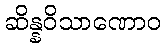
ဆိန္နဝိသာဏောဝ